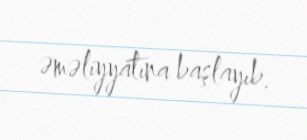
əməliyyatına başlayıb.